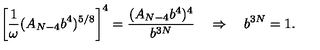
\left[ \frac { 1 } { \omega } ( A _ { N - 4 } b ^ { 4 } ) ^ { 5 / 8 } \right] ^ { 4 } = \frac { ( A _ { N - 4 } b ^ { 4 } ) ^ { 4 } } { b ^ { 3 N } } \quad \Rightarrow \quad b ^ { 3 N } = 1 .